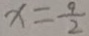
x = \frac { 9 } { 2 }